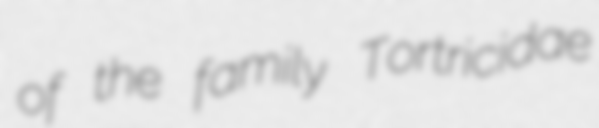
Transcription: of the family Tortricidae